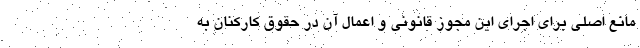
مانع اصلی برای اجرای این مجوز قانونی و اعمال آن در حقوق کارکنان به